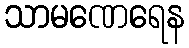
သာမဏေရေန